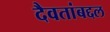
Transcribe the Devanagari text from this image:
दैवतांबद्दल